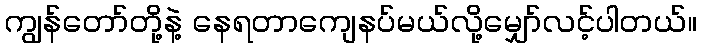
ကျွန်တော်တို့နဲ့ နေရတာကျေနပ်မယ်လို့မျှော်လင့်ပါတယ်။